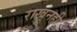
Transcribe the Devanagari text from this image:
राखूनही